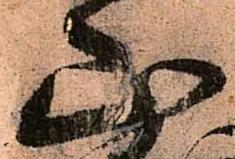
山